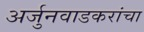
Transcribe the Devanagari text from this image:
अर्जुनवाडकरांचा